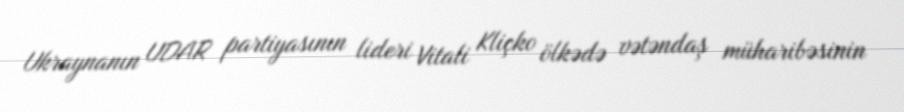
Ukraynanın UDAR partiyasının lideri Vitali Kliçko ölkədə vətəndaş müharibəsinin